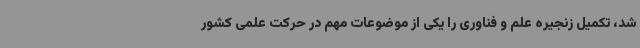
شد، تکمیل زنجیره علم و فناوری را یکی از موضوعات مهم در حرکت علمی کشور